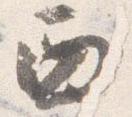
西